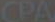
CPA